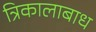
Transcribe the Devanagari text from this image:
त्रिकालाबाध